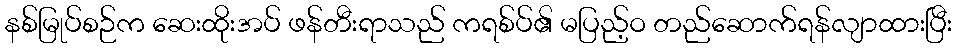
နစ်မြုပ်စဉ်က ဆေးထိုးအပ် ဖန်တီးရာသည် ကရစ်ပ်၏ မပြည့်ဝ တည်ဆောက်ရန်လျာထားပြီး